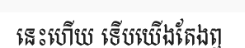
នេះហើយ ទើបយើងតែងឮ